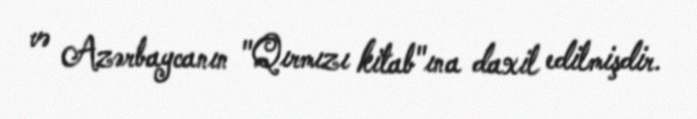
və Azərbaycanın "Qırmızı kitab"ına daxil edilmişdir.